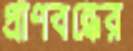
প্রাণবন্ধের